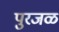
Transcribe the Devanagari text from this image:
पुरजळ